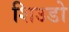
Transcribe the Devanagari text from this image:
शिउडो